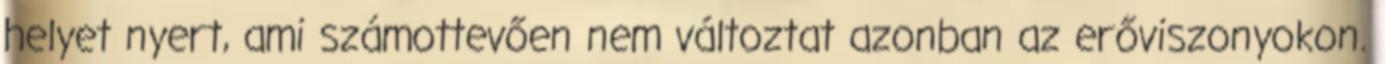
helyet nyert, ami számottevően nem változtat azonban az erőviszonyokon.